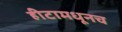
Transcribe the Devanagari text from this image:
हीटामधूनच